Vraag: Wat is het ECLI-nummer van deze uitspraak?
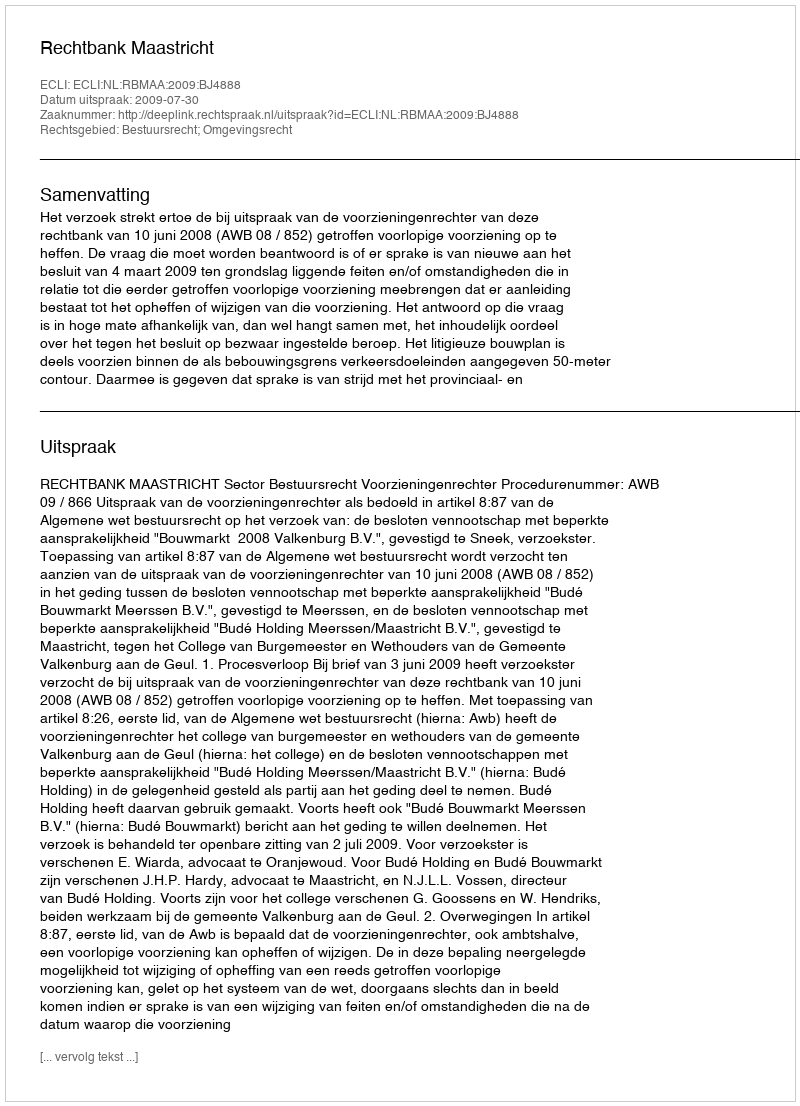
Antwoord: ECLI:NL:RBMAA:2009:BJ4888